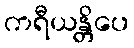
ကရီယန္တိပေ